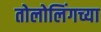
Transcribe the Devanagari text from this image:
तोलोलिंगच्या